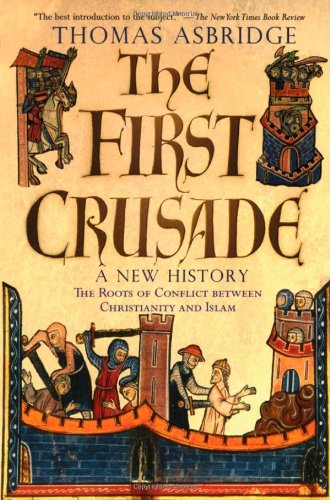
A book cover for The First Crusade: A New History: The Roots of Conflict between Christianity and Islam; Thomas Asbridge; History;